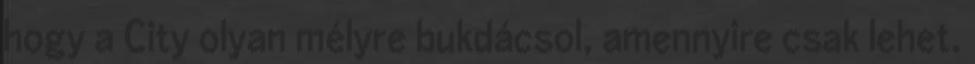
hogy a City olyan mélyre bukdácsol, amennyire csak lehet.